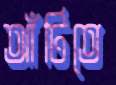
আঁটিতে